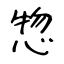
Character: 惣